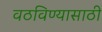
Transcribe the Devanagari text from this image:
वठविण्यासाठी